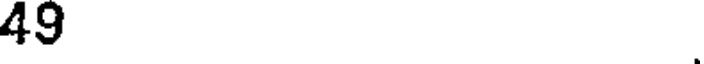
49